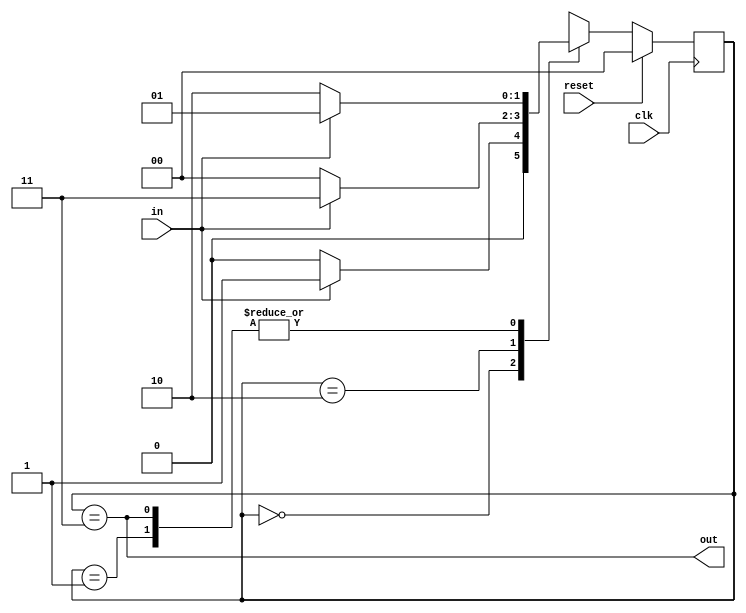
// 26-06-2021 SAT

module top_module(
    input clk,
    input in,
    input reset,
    output out); //
    
    reg [1:0] state, next_state;
    parameter A = 0, B = 1, C = 2, D = 3;
    // State transition logic
    
    always @(*) begin
        case(state)
            A:  next_state = (in) ? B : A;
            B:  next_state = (in) ? B : C;
            C:  next_state = (in) ? D : A;
            D:  next_state = (in) ? B : C;
        endcase
    end

    // State flip-flops with synchronous reset
    always @(posedge clk) begin
        if(reset) state <= A;
        else      state <= next_state;
    end

    // Output logic
    assign out = (state == D);

endmodule